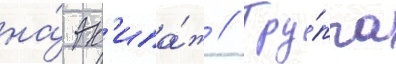
на́ эк'ипа́ж // Гру́ппа